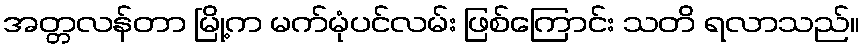
အတ္တလန်တာ မြို့က မက်မုံပင်လမ်း ဖြစ်ကြောင်း သတိ ရလာသည်။